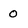
Character: O